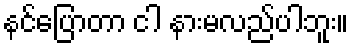
နင်ပြောတာ ငါ နားမလည်ပါဘူး။